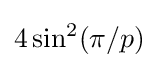
4\sin ^{2}(\pi /p)